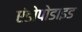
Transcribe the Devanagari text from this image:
एंडोपोडाइड